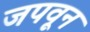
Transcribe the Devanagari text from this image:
जपवून